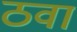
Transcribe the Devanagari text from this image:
ठवां